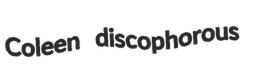
Coleen discophorous